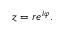
z = r e ^ { i \varphi } .